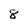
Character: 8